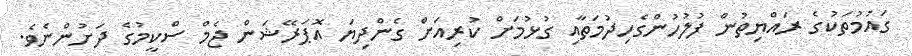
ގައުމުތަކުގެ ރައްޔިތުން ފުލުހުންގެހިދުމަތާއި ގުޅުމަށް ކުރިއަށް ގެންދިޔަ އޮޕަރޭޝަން ޖެމް ސްކީމުގެ ދަށުންނެވެ.